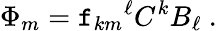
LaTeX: \Phi_{m}={\mathtt{f}_{km}}^{\ell}C^{k}B_{\ell}~.